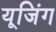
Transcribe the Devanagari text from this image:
यूजिंग